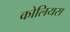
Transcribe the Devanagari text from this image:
कोलियस